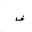
Letter: _fa